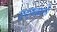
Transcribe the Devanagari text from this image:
उदयकाली